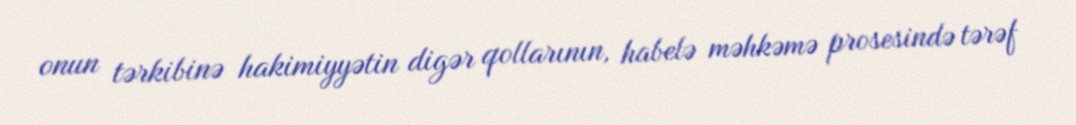
onun tərkibinə hakimiyyətin digər qollarının, habelə məhkəmə prosesində tərəf